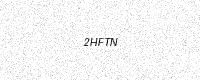
Text: 2HFTN